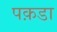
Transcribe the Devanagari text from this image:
पक़डा